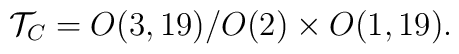
{\cal T}_C = O(3,19)/O(2) \times O(1,19).